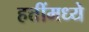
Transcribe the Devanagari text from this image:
हत्तींमध्ये